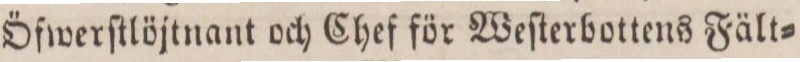
Öfwerſtlöjtnant och Chef för Weſterbottens Fält=